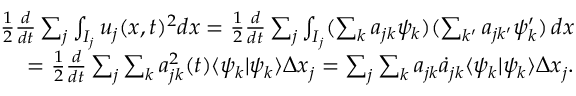
\begin{array} { r } { \frac { 1 } { 2 } \frac { d } { d t } \sum _ { j } \int _ { I _ { j } } u _ { j } ( x , t ) ^ { 2 } d x = \frac { 1 } { 2 } \frac { d } { d t } \sum _ { j } \int _ { I _ { j } } ( \sum _ { k } a _ { j k } \psi _ { k } ) ( \sum _ { k ^ { \prime } } a _ { j k ^ { \prime } } \psi _ { k } ^ { \prime } ) \mathop { d x } } \\ { = \frac { 1 } { 2 } \frac { d } { d t } \sum _ { j } \sum _ { k } a _ { j k } ^ { 2 } ( t ) \langle \psi _ { k } | \psi _ { k } \rangle \Delta x _ { j } = \sum _ { j } \sum _ { k } a _ { j k } \dot { a } _ { j k } \langle \psi _ { k } | \psi _ { k } \rangle \Delta x _ { j } . } \end{array}